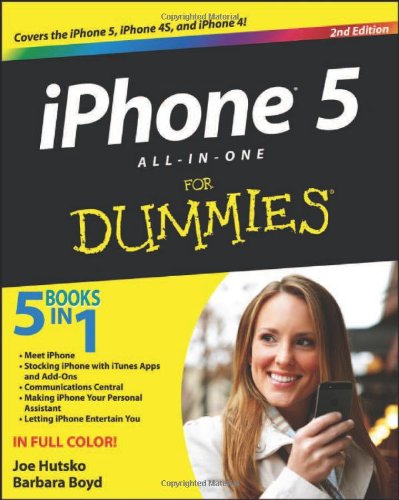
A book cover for iPhone 5 All-in-One For Dummies; Joe Hutsko; Computers & Technology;